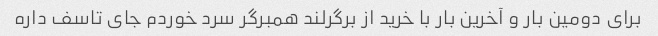
برای دومین بار و آخرین بار با خرید از برگرلند همبرگر سرد خوردم جای تاسف داره